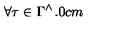
\forall \tau \in \Gamma ^ { \wedge } \hspace { 1 . 0 c m }